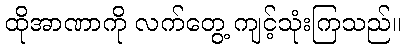
ထိုအာဏာကို လက်တွေ့ ကျင့်သုံးကြသည်။